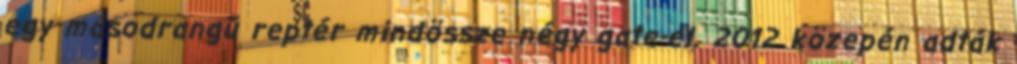
egy másodrangú reptér mindössze négy gate-el. 2012 közepén adták